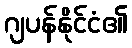
ဂျပန်နိုင်ငံ၏